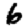
Digit: 6